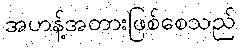
အဟန့်အတားဖြစ်စေသည်